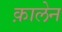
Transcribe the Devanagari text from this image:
क़ालेन